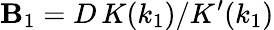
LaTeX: \mathbf{B}_{1}=D\, K(k_{1})/K^{\prime}(k_{1})